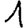
Digit: 1